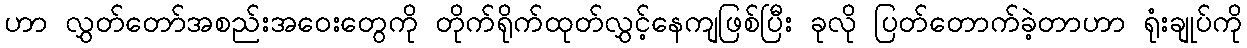
ဟာ လွှတ်တော်အစည်းအဝေးတွေကို တိုက်ရိုက်ထုတ်လွှင့်နေကျဖြစ်ပြီး ခုလို ပြတ်တောက်ခဲ့တာဟာ ရုံးချုပ်ကို